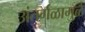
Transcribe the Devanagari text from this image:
अंतर्गळामुळे